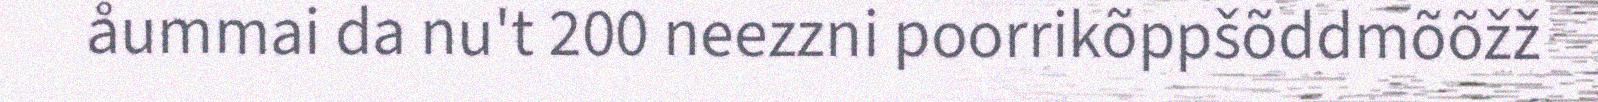
åummai da nu't 200 neezzni poorrikõppšõddmõõžž